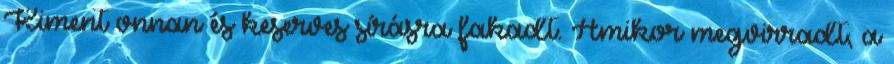
Kiment onnan és keserves sírásra fakadt. Amikor megvirradt, a